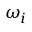
\omega _ { i }